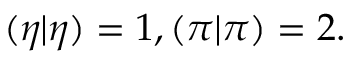
( \eta | \eta ) = 1 , ( \pi | \pi ) = 2 .